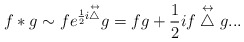
\begin{align*}f*g \sim f e^{\frac{1}{2}i\stackrel{\leftrightarrow}{\bigtriangleup}} g= fg+\frac{1}{2}if\stackrel{\leftrightarrow}{\bigtriangleup} g...\end{align*}